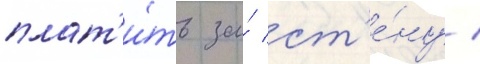
плат'и́ть за́ ст'е́ну /